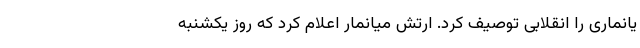
یانماری را انقلابی توصیف کرد. ارتش میانمار اعلام کرد که روز یکشنبه